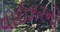
વાઈઝરનો